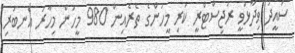
ސައީދު ވިދާޅުވީ ރަޖިސްޓްރީ ކުރި މީހުންގެ ތެރެއިން 980 މީހުން މިހާރު އެނބުރި